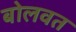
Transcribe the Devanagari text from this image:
बोलवत